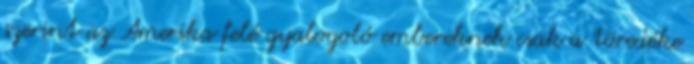
szerint az Amerika felé gyalogoló embereknek csak a töredéke